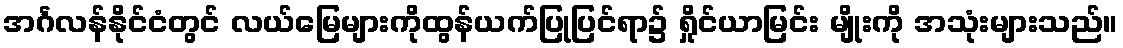
အင်္ဂလန်နိုင်ငံတွင် လယ်မြေများကိုထွန်ယက်ပြုပြင်ရာ၌ ရှိုင်ယာမြင်း မျိုးကို အသုံးများသည်။